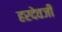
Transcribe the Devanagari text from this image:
हरदेवजी